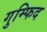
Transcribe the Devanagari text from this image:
गुम्फिद